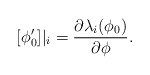
\begin{align*}[\phi_0'] |_i= \frac{\partial \lambda_i(\phi_0)}{\partial \phi} .\end{align*}